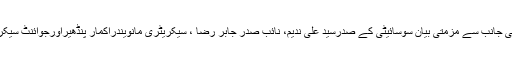
علی گڑھ سوسائیٹی آف ہسٹری اینڈسایکولوجی کی جانب سے مزمتی بیان سوسائیٹی کے صدرسید علی ندیم، نائب صدر جابر رضا ، سیکریٹری مانویندراکمار پنڈھیراورجوائنٹ سیکریٹری پروفیسر فرحت حسین نے جاری کیا ہے۔